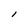
Character: l